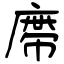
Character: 廗